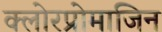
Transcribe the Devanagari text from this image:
क्लोरप्रोमाजिन